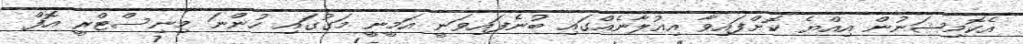
އެކޮމިޝަނުން އިއްޔެ ކޮށްފައިވާ އިއުލާނެއްގައި ބުނެފައިވަނީ އަމީނީ މަގުގައި ހުންނަ މިނިސްޓްރީ އޮފް